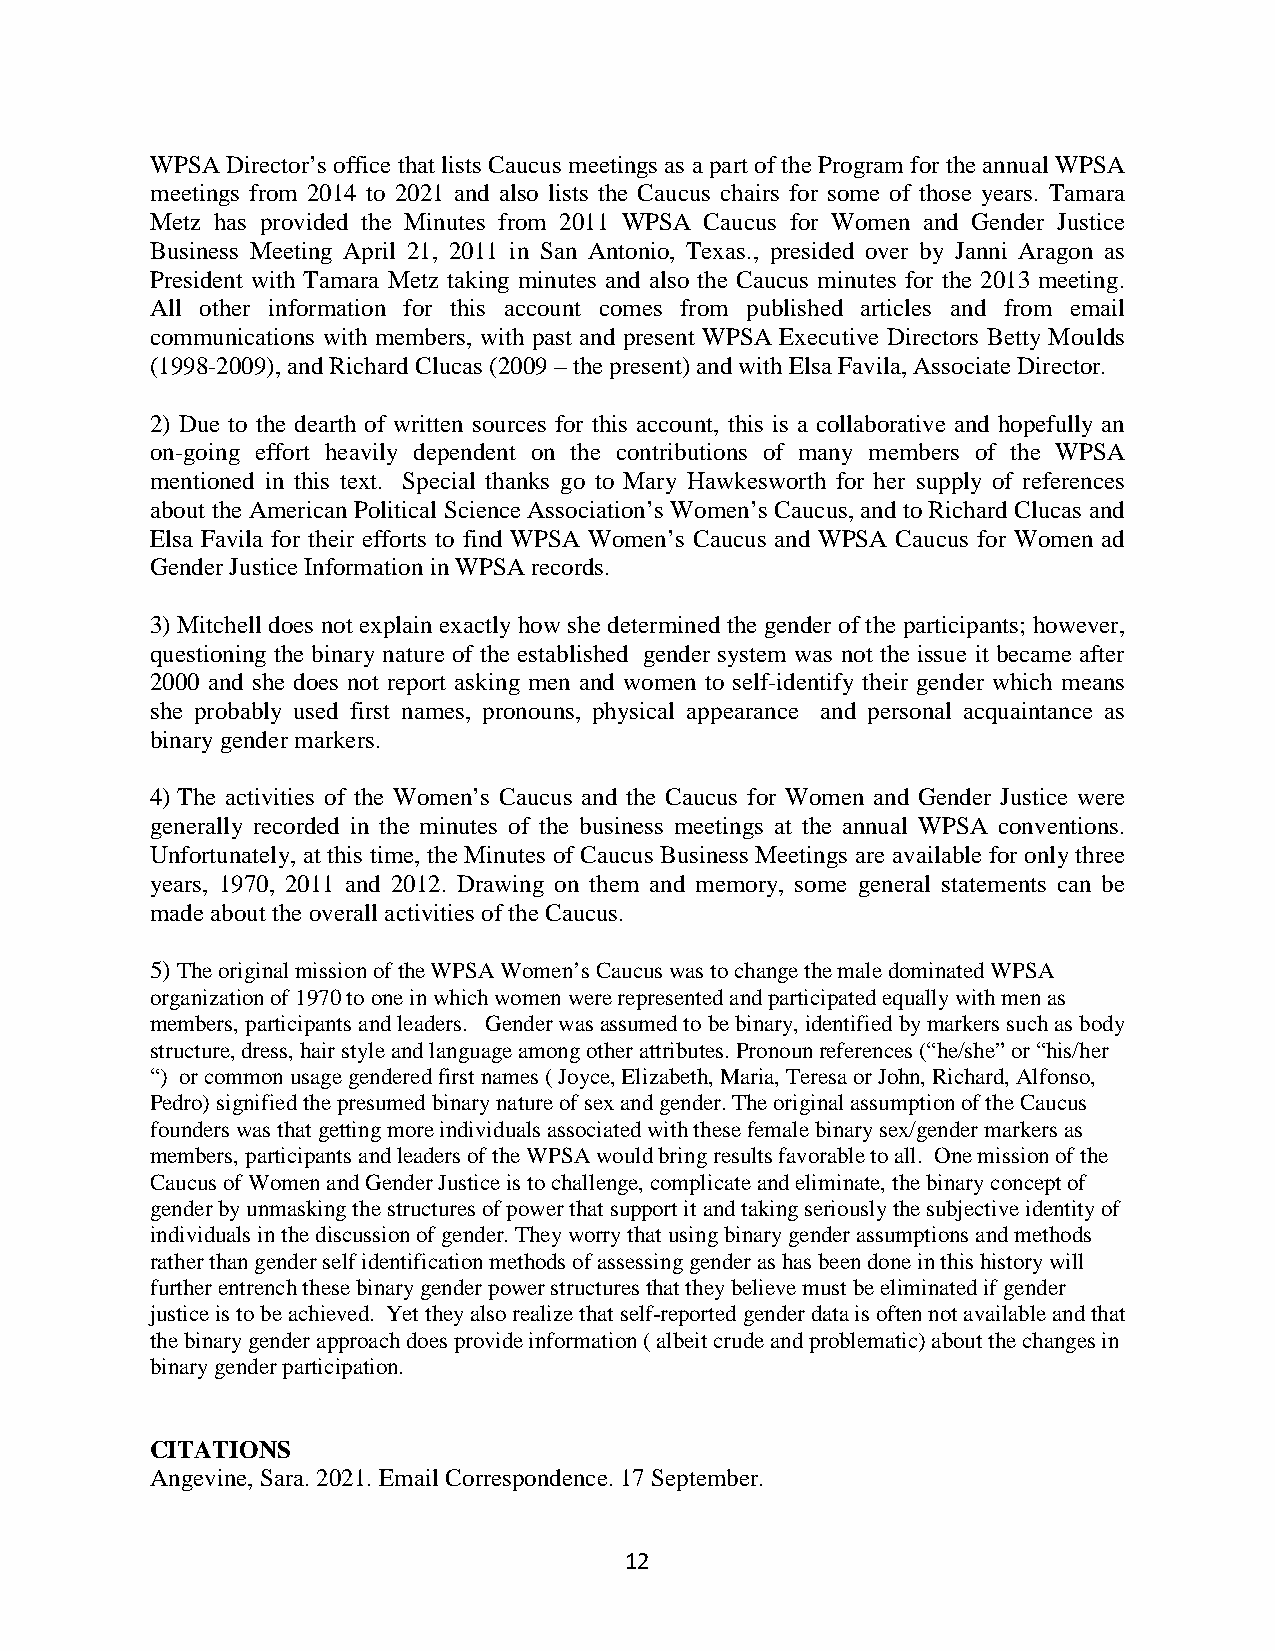
WPSA Director’s office that lists Caucus meetings as a part of the Program for the annual WPSA
 meetings from 2014 to 2021 and also lists the Caucus chairs for some of those years. Tamara
 Metz has provided the Minutes from 2011 WPSA Caucus for Women and Gender Justice
 Business Meeting April 21, 2011 in San Antonio, Texas., presided over by Janni Aragon as
 President with Tamara Metz taking minutes and also the Caucus minutes for the 2013 meeting.
 All other information for this account comes from published articles and from email
 communications with members, with past and present WPSA Executive Directors Betty Moulds
 (1998-2009), and Richard Clucas (2009 – the present) and with Elsa Favila, Associate Director.
 2) Due to the dearth of written sources for this account, this is a collaborative and hopefully an
 on-going effort heavily dependent on the contributions of many members of the WPSA
 mentioned in this text. Special thanks go to Mary Hawkesworth for her supply of references
 about the American Political Science Association’s Women’s Caucus, and to Richard Clucas and
 Elsa Favila for their efforts to find WPSA Women’s Caucus and WPSA Caucus for Women ad
 Gender Justice Information in WPSA records.
 3) Mitchell does not explain exactly how she determined the gender of the participants; however,
 questioning the binary nature of the established gender system was not the issue it became after
 2000 and she does not report asking men and women to self-identify their gender which means
 she probably used first names, pronouns, physical appearance and personal acquaintance as
 binary gender markers.
 4) The activities of the Women’s Caucus and the Caucus for Women and Gender Justice were
 generally recorded in the minutes of the business meetings at the annual WPSA conventions.
 Unfortunately, at this time, the Minutes of Caucus Business Meetings are available for only three
 years, 1970, 2011 and 2012. Drawing on them and memory, some general statements can be
 made about the overall activities of the Caucus.
 5) The original mission of the WPSA Women’s Caucus was to change the male dominated WPSA
 organization of 1970 to one in which women were represented and participated equally with men as
 members, participants and leaders. Gender was assumed to be binary, identified by markers such as body
 structure, dress, hair style and language among other attributes. Pronoun references (“he/she” or “his/her
 “) or common usage gendered first names ( Joyce, Elizabeth, Maria, Teresa or John, Richard, Alfonso,
 Pedro) signified the presumed binary nature of sex and gender. The original assumption of the Caucus
 founders was that getting more individuals associated with these female binary sex/gender markers as
 members, participants and leaders of the WPSA would bring results favorable to all. One mission of the
 Caucus of Women and Gender Justice is to challenge, complicate and eliminate, the binary concept of
 gender by unmasking the structures of power that support it and taking seriously the subjective identity of
 individuals in the discussion of gender. They worry that using binary gender assumptions and methods
 rather than gender self identification methods of assessing gender as has been done in this history will
 further entrench these binary gender power structures that they believe must be eliminated if gender
 justice is to be achieved. Yet they also realize that self-reported gender data is often not available and that
 the binary gender approach does provide information ( albeit crude and problematic) about the changes in
 binary gender participation.
 CITATIONS
 Angevine, Sara. 2021. Email Correspondence. 17 September.
 12